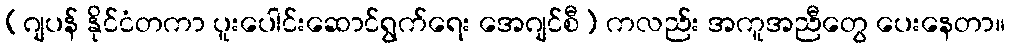
(ဂျပန် နိုင်ငံတကာ ပူးပေါင်းဆောင်ရွက်ရေး အေဂျင်စီ) ကလည်း အကူအညီတွေ ပေးနေတာ။